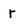
Character: r